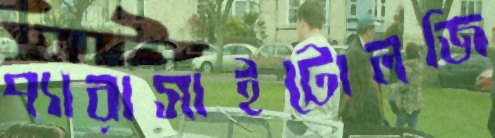
প্যারাসাইটোলজি